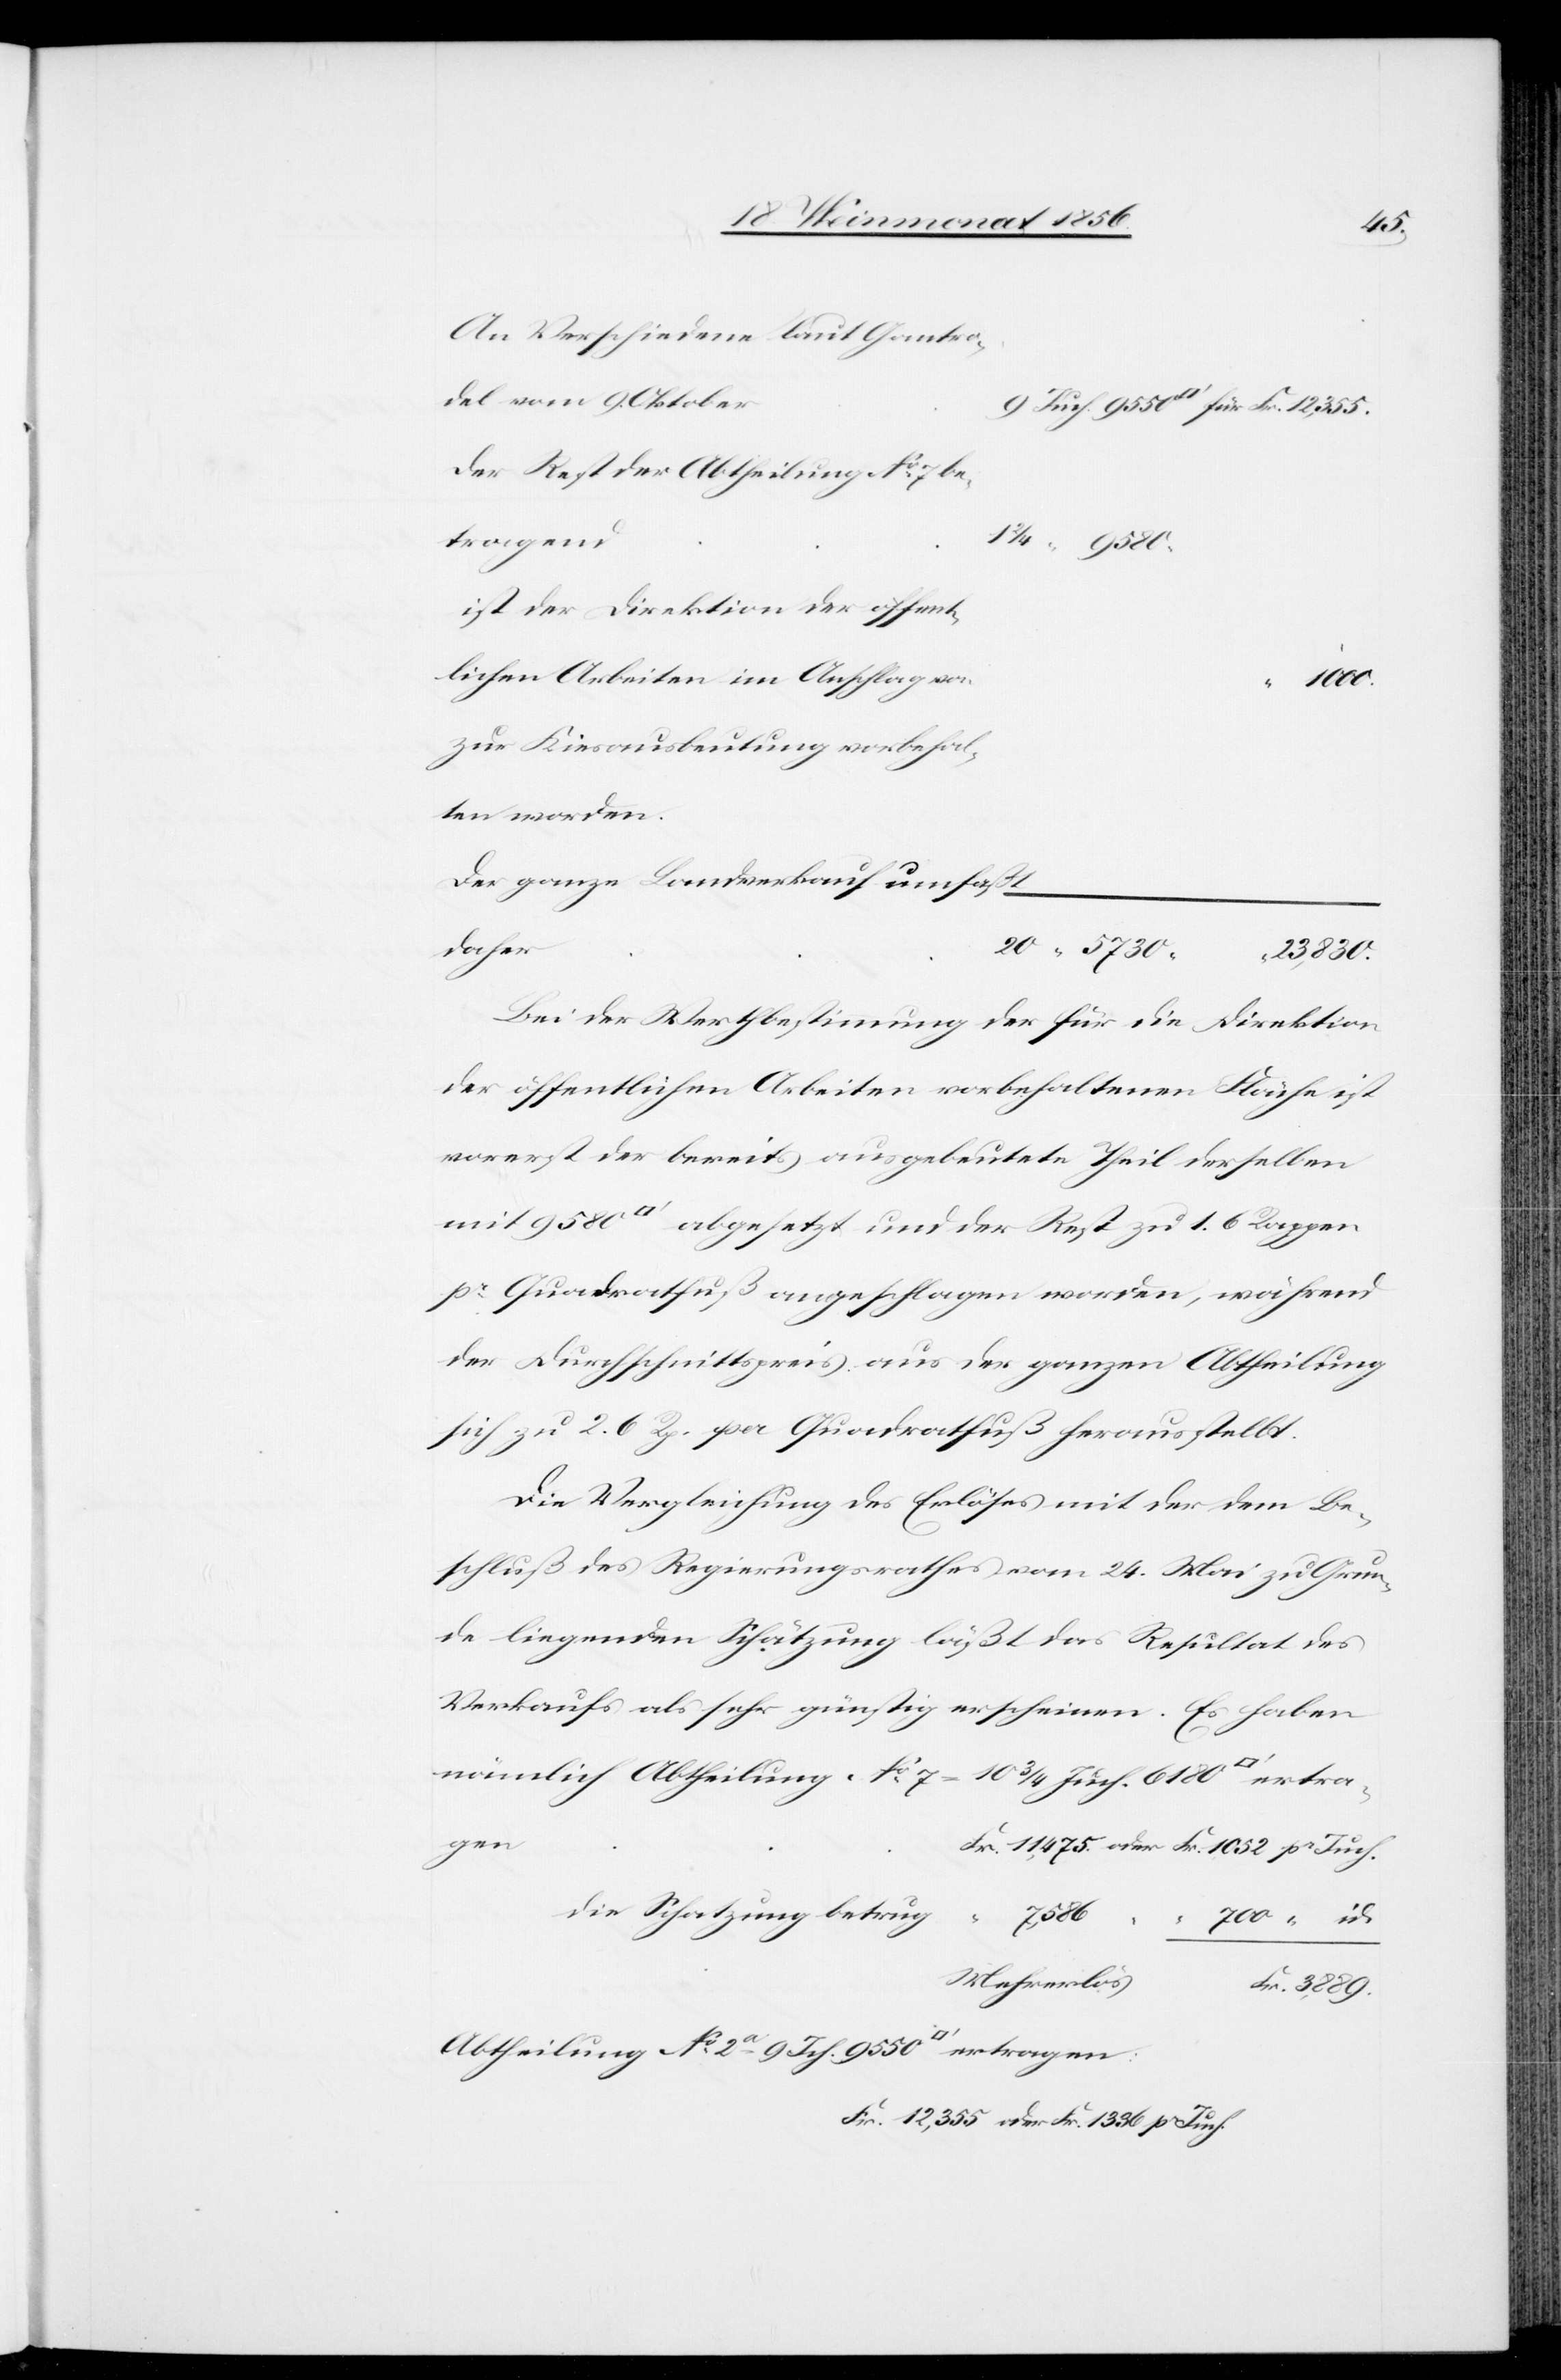
An Verschiedene laut Gantro¬
del vom 9. Oktober
Der Rest der Abtheilung No 7 be¬
tragen:
No
ist der Direktion der öffent¬
lichen Arbeiten im Anschlag von
zur Kiesausbeutung vorbehal¬
ten worden.
der ganze Landverkauf umfaßt
daher
5730
[Quadra¬
Bei der Werthbestimmung der für die Direktion
der öffentlichen Arbeiten vorbehaltenen Fläche ist
vorerst der bereits ausgebeutete Theil derselben
tfuss] abgesetzt und der Rest zu 1. 6 Rappen
pr Quadratfuß angeschlagen worden, während
der Durchschnittspreis aus der ganzen Abtheilung
sich zu 2. 6 Rp. per Quadratfuß herausstellt.
Die Vergleichung des Erlöses mit der dem Be¬
schluß des Regierungsrathes vom 24. Mai zu Grun¬
de liegenden Schätzung läßt das Resultat des
Verkaufs als sehr günstig erscheinen. Es haben
nämlich Abtheilung No 7 = 10 ¾ Juch. 6180 [Quadratfu¬
Fr. 11,475. oder Fr. 1052 pr Juch.
die Schatzung betrug	 “ 7,586
er¬
700 “ id.
Mehrerlös
Fr. 3,889.
Fr. 12,355 oder Fr. 1336 pr Juch.